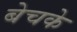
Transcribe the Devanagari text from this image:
बेचके